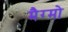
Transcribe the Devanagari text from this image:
मैग्मो